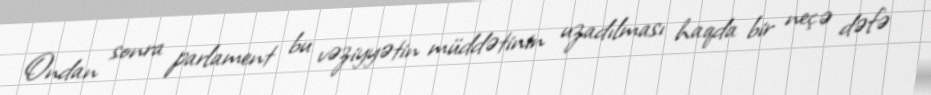
Ondan sonra parlament bu vəziyyətin müddətinin uzadılması haqda bir neçə dəfə